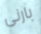
بارنى